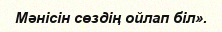
Мәнісін сөздің ойлап біл».